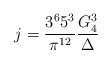
\begin{align*}j=\frac{3^6 5^3}{\pi^{12}}\frac{G_4^3}{\Delta}\end{align*}